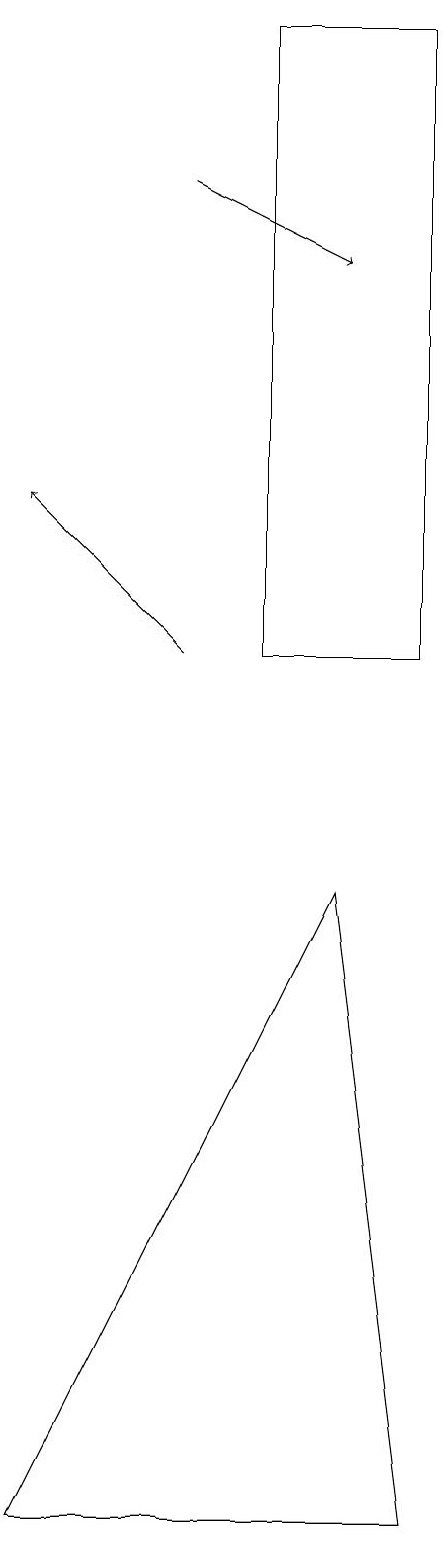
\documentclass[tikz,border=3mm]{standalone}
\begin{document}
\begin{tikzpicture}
\draw (9,0) -- (8,8) -- (4,0) -- cycle;
\draw (9,11) rectangle (7,19);
\draw[->] (6,11) -- (4,13);
\draw[->] (6,17) -- (8,16);
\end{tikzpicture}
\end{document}